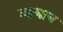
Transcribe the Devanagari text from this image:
म्हणान